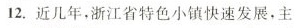
12.近几年，浙江省特色小镇快速发展，主